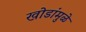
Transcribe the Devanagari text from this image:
खोडांमुळे